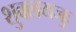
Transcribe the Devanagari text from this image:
शुक्लयजुः